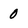
Character: 0